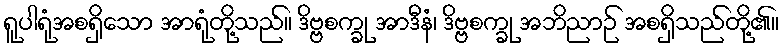
ရူပါရုံအစရှိသော အာရုံတို့သည်။ ဒိဗ္ဗစက္ခု အာဒီနံ၊ ဒိဗ္ဗစက္ခု အဘိညာဉ် အစရှိသည်တို့၏။